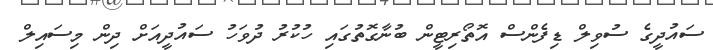
ސައުދީގެ ސުވިލް ޑިފެންސް އޮތޯރިޓީން ބުނާގޮތުގައި ހުކުރު ދުވަހު ސައުދީއަށް ދިން މިސައިލް